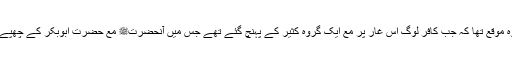
(2) دوسرا وہ موقع تھا کہ جب کافر لوگ اس غار پر مع ایک گروہ کثیر کے پہنچ گئے تھے جس میں آنحضرتﷺ مع حضرت ابوبکرؓ کے چھپے ہوئے تھے۔